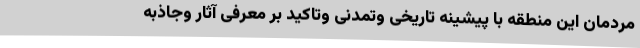
مردمان این منطقه با پیشینه تاریخی وتمدنی وتاکید بر معرفی آثار وجاذبه